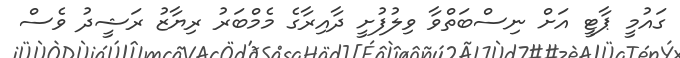
ގައުމީ ޕާޓީ އަށް ނިސްބަތްވާ ވިލުފުށީ ދާއިރާގެ މެމްބަރު ރިޔާޒު ރަޝީދު ވެސް